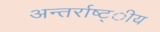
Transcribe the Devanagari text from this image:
अन्तर्राष्ट्ीय